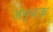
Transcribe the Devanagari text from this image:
अपृथक्